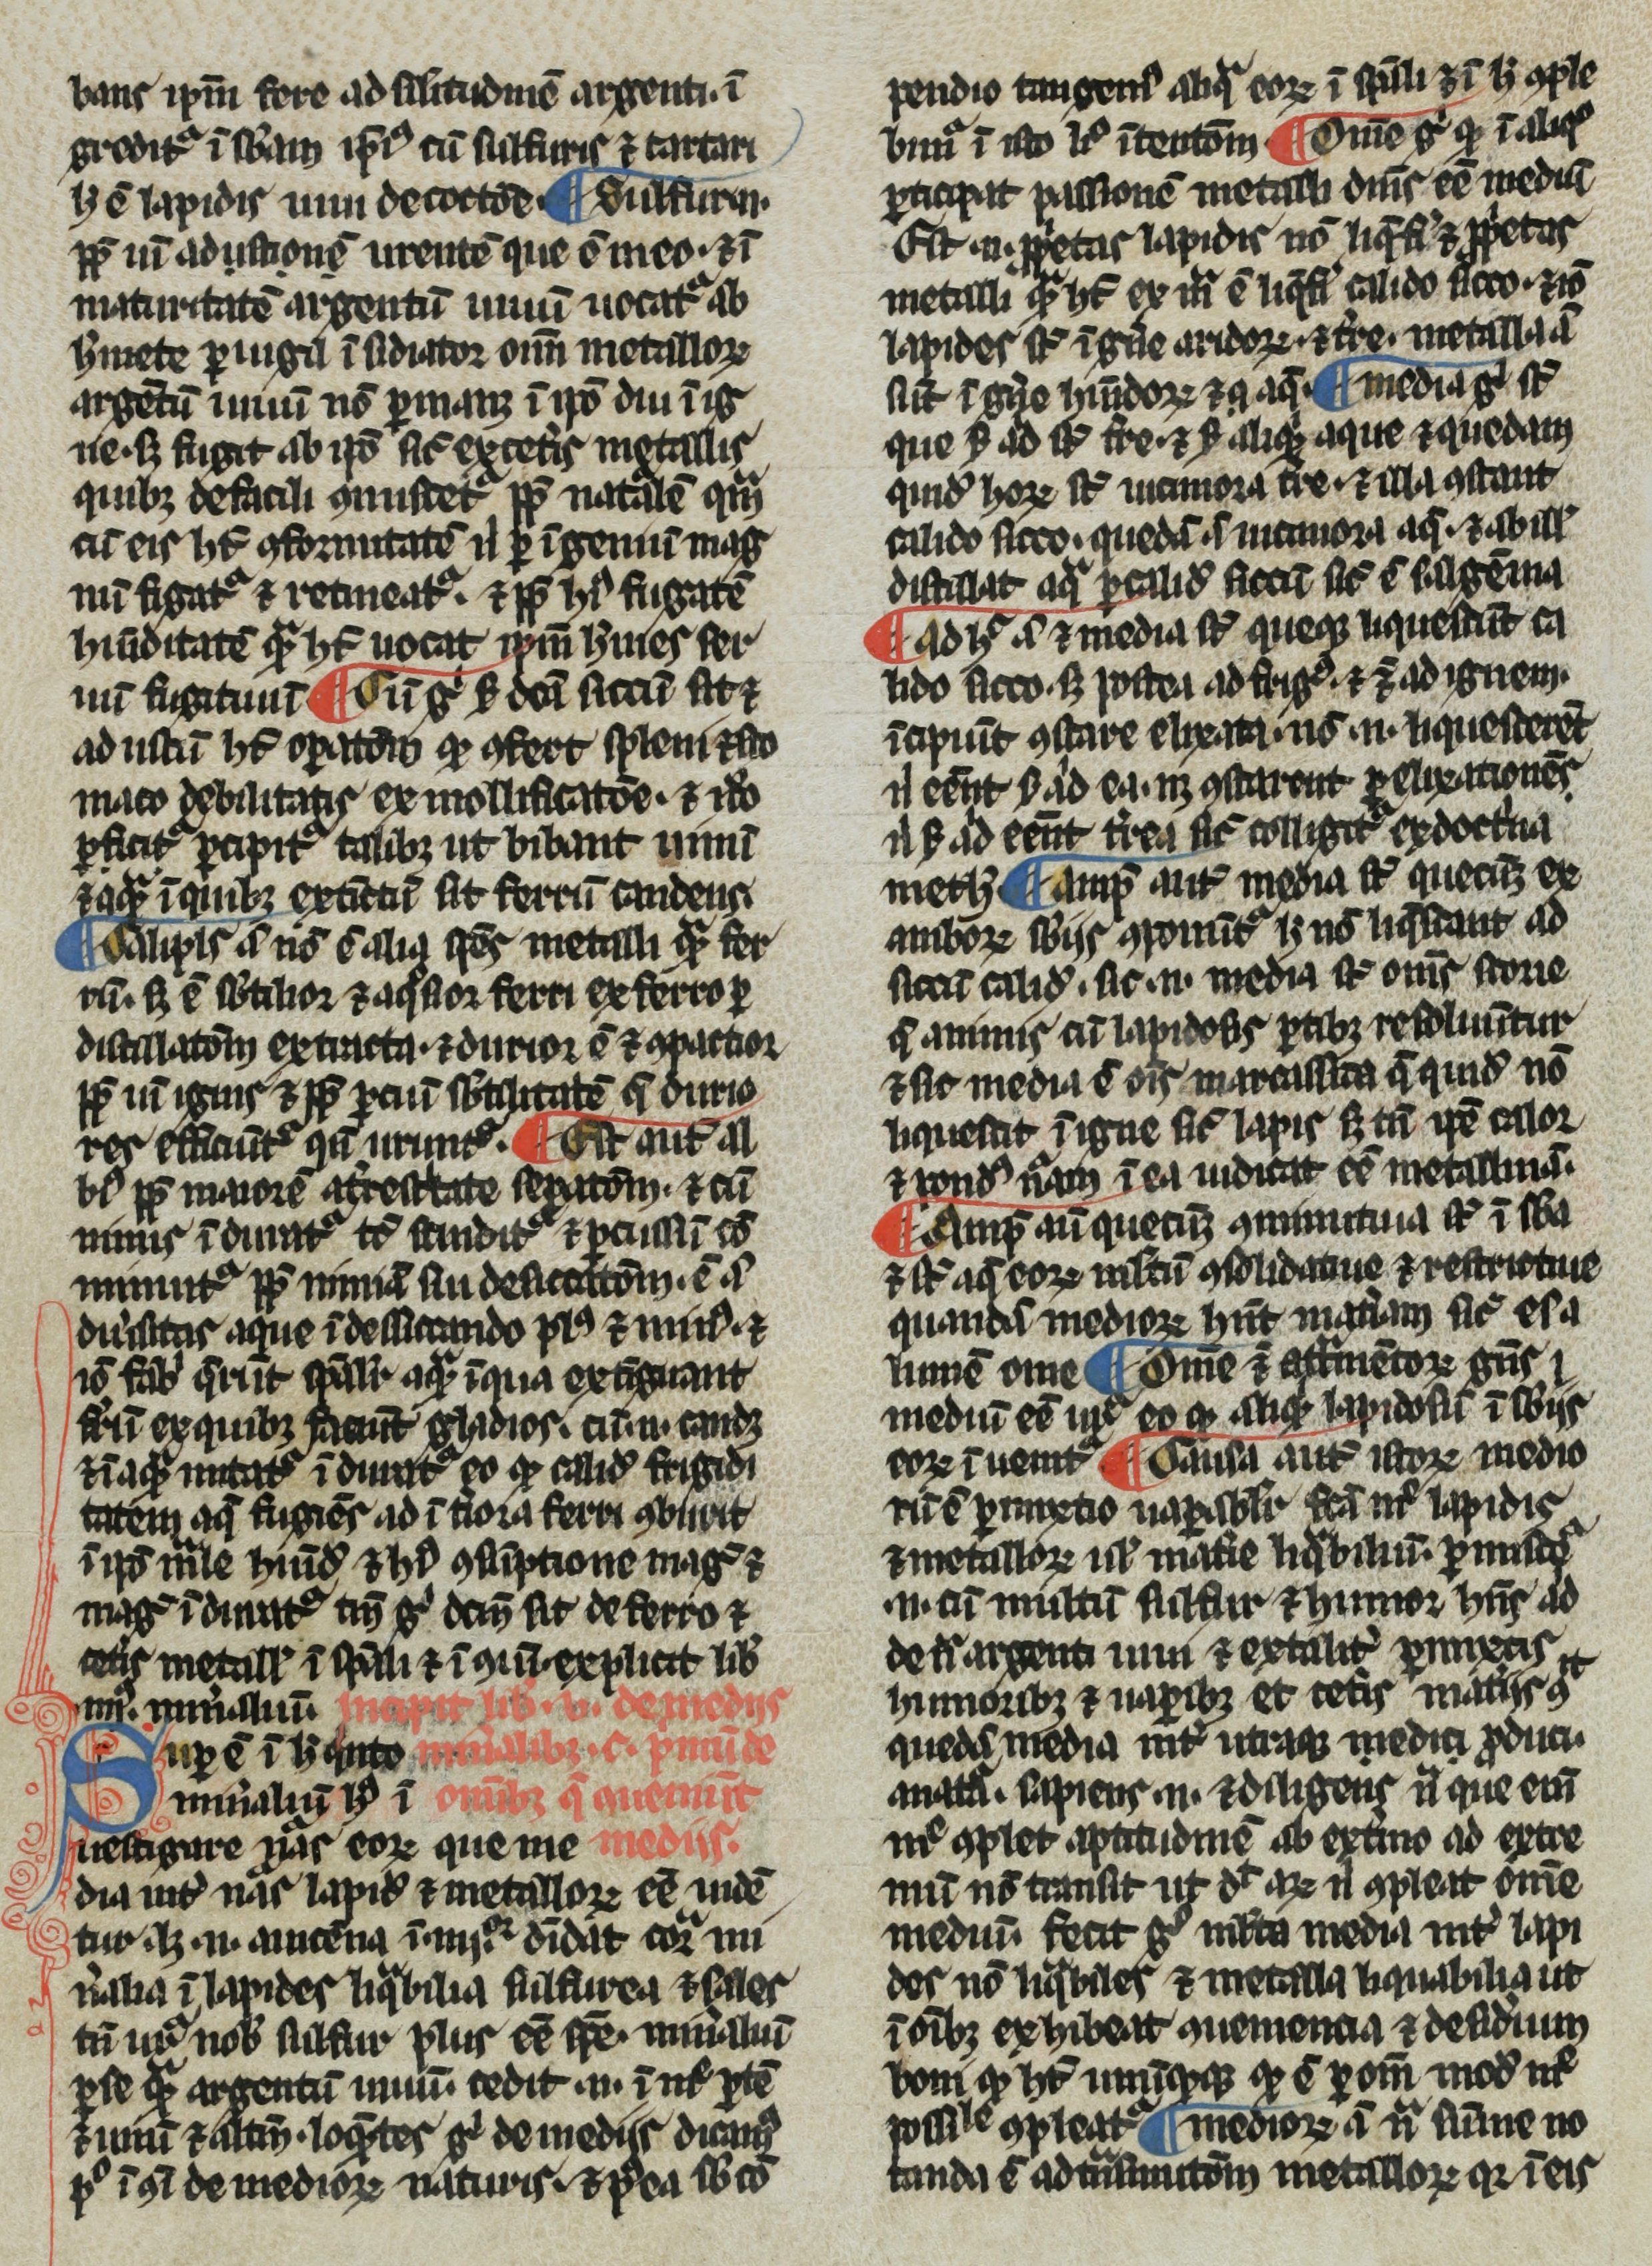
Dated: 1266–1299